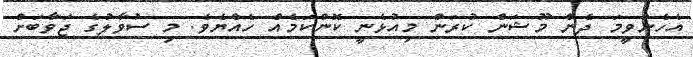
އެހެންވީމަ ދެން މޫޝަން ކުރަން މިއުޅެނީ ކޮންކަމެއް ހެއްޔެވެ. މި ސުވާލުގެ ޖަވާބަށް